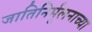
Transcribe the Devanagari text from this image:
जातिनिर्मूलनाच्या